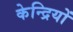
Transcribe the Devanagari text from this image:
केन्द्रियों